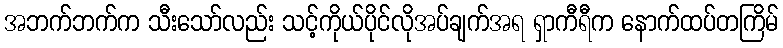
အဘက်ဘက်က သီးသော်လည်း သင့်ကိုယ်ပိုင်လိုအပ်ချက်အရ ရှာကီရီက နောက်ထပ်တကြိမ်